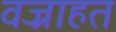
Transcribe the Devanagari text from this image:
वज्राहत